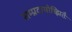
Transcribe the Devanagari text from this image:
सम्प्रदायोच्झितैः